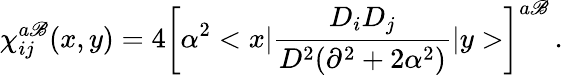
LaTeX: \chi_{ij}^{a\mathscr{B}}(x,y)=4\left[\alpha^{2}<x|\frac{{D_{i}D_{j}}}{{D^{2}(\partial^{2}+2\alpha^{2})}}|y>\right]^{a\mathscr{B}}\, .